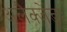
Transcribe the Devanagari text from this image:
अलैक्जेंड्रा